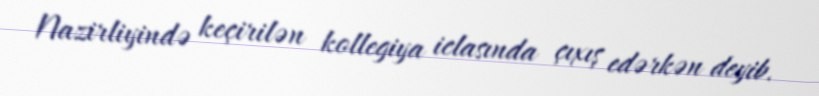
Nazirliyində keçirilən kollegiya iclasında çıxış edərkən deyib.